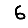
Digit: 6